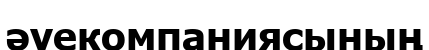
әуекомпаниясының